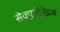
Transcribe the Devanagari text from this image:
सेक्युलॅरिझम